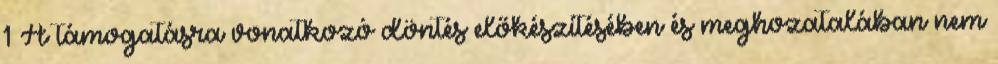
1 A támogatásra vonatkozó döntés előkészítésében és meghozatalában nem